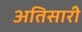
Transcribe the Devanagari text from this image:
अतिसारी